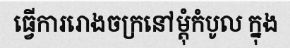
ធ្វើការរោងចក្រនៅម្តុំកំបូល ក្នុង